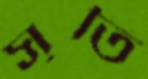
সৃতি